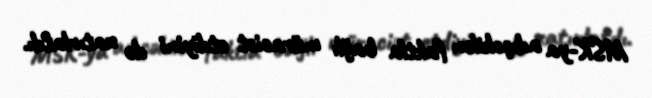
MSK-ya adıçəkilən faktla bağlı müraciət etdiyini də xatırlatdı.